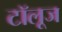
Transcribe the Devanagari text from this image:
टॉलूज